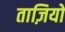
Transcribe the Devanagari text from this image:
ताज़ियो